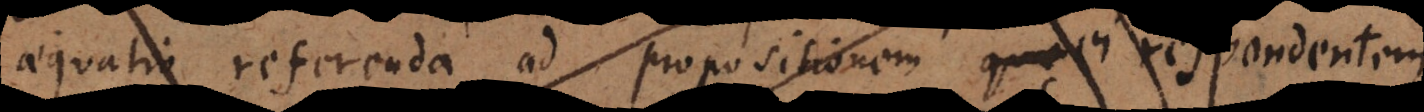
aequatio referenda ad propositionem ei respondentem